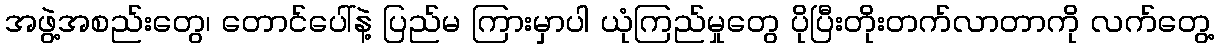
အဖွဲ့အစည်းတွေ၊ တောင်ပေါ်နဲ့ ပြည်မ ကြားမှာပါ ယုံကြည်မှုတွေ ပိုပြီးတိုးတက်လာတာကို လက်တွေ့